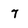
Character: 7